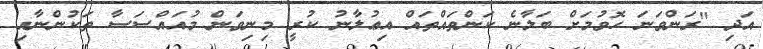
އަދި "ރަންވަނަ ހޮވުމަށް ބަލާނެ ކަންތައްތައް އިޢުލާނު ކުރީ މިނިވަން މުއައްސަސާ ތަކުންނާއި